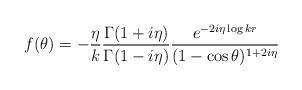
LaTeX: \begin{align*}f(\theta)=-{\eta\over k}{\Gamma(1+i\eta)\over\Gamma(1-i\eta)}{e^{-2i\eta\log kr}\over (1-\cos\theta)^{1+2i\eta}}\end{align*}